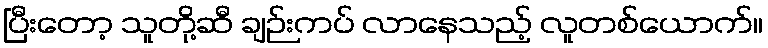
ပြီးတော့ သူတို့ဆီ ချဉ်းကပ် လာနေသည့် လူတစ်ယောက်။